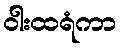
ဝါးထရံကာ